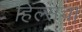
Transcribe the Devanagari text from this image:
हिल्सचा